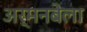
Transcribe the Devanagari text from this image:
अर्मनबेला